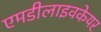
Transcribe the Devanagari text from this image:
एमडीलाइवकेयर